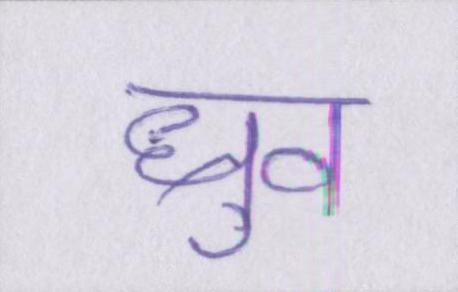
ध्रुव